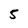
Character: 5